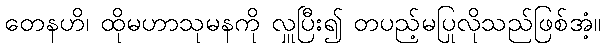
တေနဟိ၊ ထိုမဟာသုမနကို လှူပြီး၍ တပည့်မပြုလိုသည်ဖြစ်အံ့။